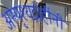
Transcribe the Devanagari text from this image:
अस्पृश्यद्रोहींनी